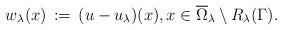
LaTeX: \begin{align*}w_\lambda(x)\,:=\,(u-u_\lambda)(x),x\in \overline\Omega_{\lambda} \setminus R_\lambda(\Gamma).\end{align*}